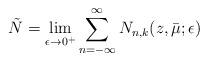
LaTeX: \begin{align*}\tilde{N} = \lim_{\epsilon \rightarrow 0^+}\sum_{n=-\infty}^{\infty} N_{n,k} (z, \bar{\mu}; \epsilon)\end{align*}